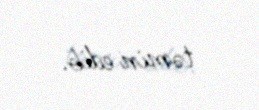
təmin edib.